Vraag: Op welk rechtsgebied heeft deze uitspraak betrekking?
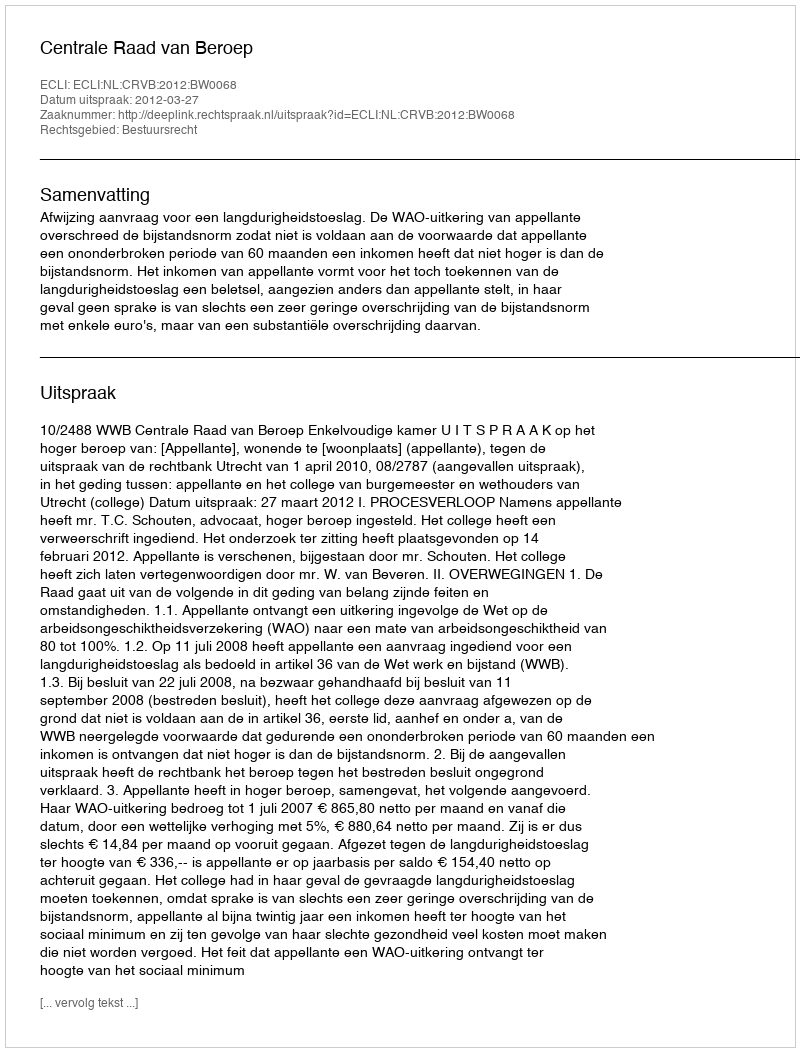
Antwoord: Bestuursrecht